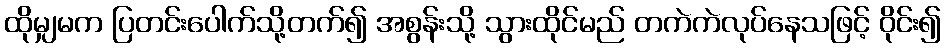
ထိုမျှမက ပြတင်းပေါက်သို့တက်၍ အစွန်းသို့ သွားထိုင်မည် တကဲကဲလုပ်နေသဖြင့် ဝိုင်း၍